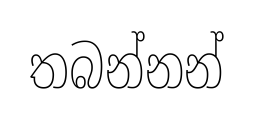
තබන්නන්